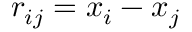
r _ { i j } = x _ { i } - x _ { j }